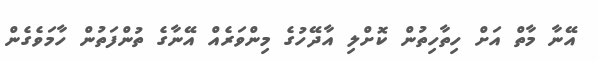
އޭނާ މާތް އަށް ހިތާހިތުން ކޮށްލި އާދޭހުގެ މިންވަރެއް އޭނާގެ ތުންފަތުން ހާމަވެގެން